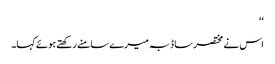
‘‘
اس نے مختصر سا ڈبہ میرے سامنے رکھتے ہوئے کہا۔